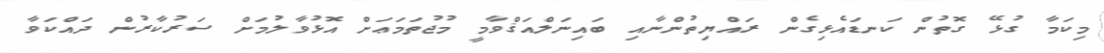
މިކަމާ ގުޅޭ ގޮތުން ކަނޑައެޅިގެން ރައްޔިތުންނާއި ބައިނަލްއަޤްވާމީ މުޖުތަމަޢަށް އޮޅުވާލުމަށް ސަރުކާރުން ދައްކަވާ